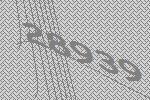
28939